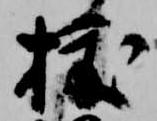
拔